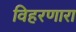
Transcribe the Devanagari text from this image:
विहरणारा